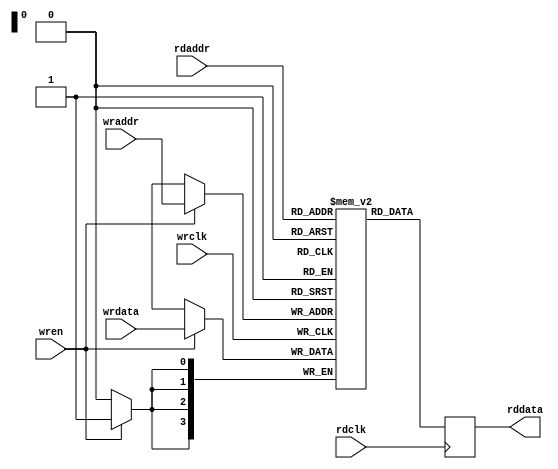
module dpram
#(
    parameter ADDR_WIDTH = 4,
    parameter DATA_WIDTH = 4
)(
    input wrclk,                    // Write port posedge clock
    input wren,                     // Write port enable
    input [ADDR_WIDTH-1:0] wraddr,  // Write port address
    input [DATA_WIDTH-1:0] wrdata,  // Write port data

    input rdclk,                    // Read port posedge clock
    input [ADDR_WIDTH-1:0] rdaddr,  // Read port address
    output [DATA_WIDTH-1:0] rddata  // Read port dataout
);
    localparam RAM_SIZE = 2**ADDR_WIDTH;

    reg [DATA_WIDTH-1:0] rddata;

    // Declare the RAM variable
    reg [DATA_WIDTH-1:0] dpram_array [0:RAM_SIZE-1];

    // Write port
    always @ (posedge wrclk)
    begin
        if (wren) begin
            dpram_array[wraddr] <= wrdata;
        end
    end

    // Read port
    always @ (posedge rdclk)
    begin
        rddata <= dpram_array[rdaddr];
    end

endmodule